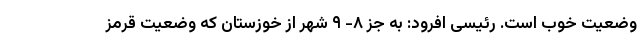
وضعیت خوب است. رئیسی افرود: به جز ۸- ۹ شهر از خوزستان که وضعیت قرمز